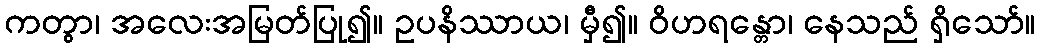
ကတွာ၊ အလေးအမြတ်ပြု၍။ ဥပနိဿာယ၊ မှီ၍။ ဝိဟရန္တော၊ နေသည် ရှိသော်။